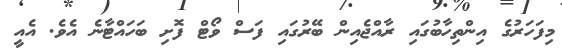
މިފަހަރުގެ އިންތިހާބުގައި ރާއްޖެއިން ބޭރުގައި ފަސް ވޯޓް ފޮށި ބަހައްޓާނެ އެވެ. އެއީ